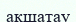
ақшатау